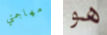
مهاجمتي هو